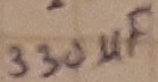
Text: 330µF